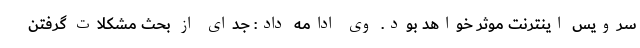
سرویس اینترنت موثر خواهد بود. وی ادامه داد: جدای از بحث مشکلات گرفتن